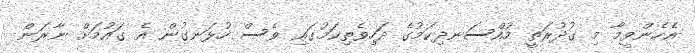
އެހެންވީމާ މި ގުދުރަތީ މުއްސަނދިކަމުގެ ދަހިވެތިކަމުގައި ވެސް ހުޅަނގުން އެ ގައުމަށް ނާރަން